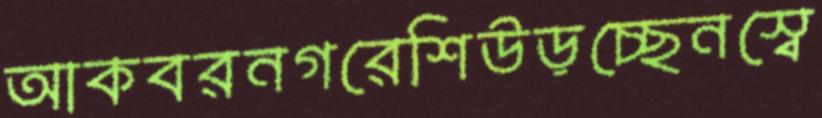
আকবরনগরেশিউড়চ্ছেনস্বে